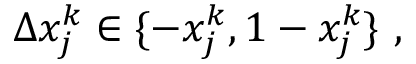
\Delta x _ { j } ^ { k } \in \{ - x _ { j } ^ { k } , 1 - x _ { j } ^ { k } \} \mathrm { ~ , ~ }